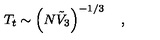
T _ { t } \sim \left( N { \tilde { V } } _ { 3 } \right) ^ { - 1 / 3 } \quad ,